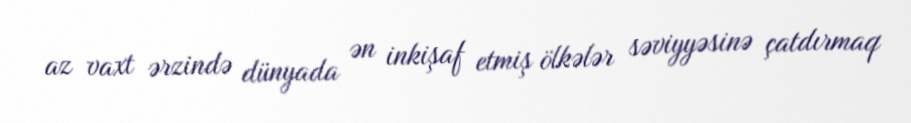
az vaxt ərzində dünyada ən inkişaf etmiş ölkələr səviyyəsinə çatdırmaq